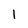
Character: 1